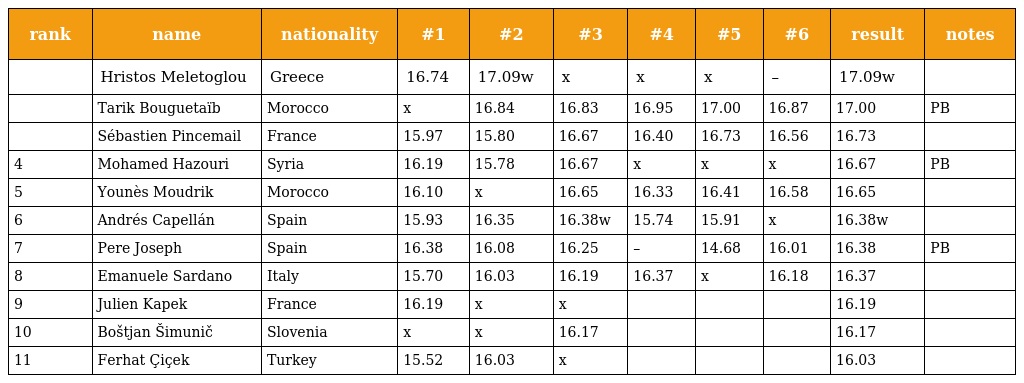
| rank | name | nationality | #1 | #2 | #3 | #4 | #5 | #6 | result | notes |
 | --- | --- | --- | --- | --- | --- | --- | --- | --- | --- | --- |
 |  | Hristos Meletoglou | Greece | 16.74 | 17.09w | x | x | x | – | 17.09w |  |
 |  | Tarik Bouguetaïb | Morocco | x | 16.84 | 16.83 | 16.95 | 17.00 | 16.87 | 17.00 | PB |
 |  | Sébastien Pincemail | France | 15.97 | 15.80 | 16.67 | 16.40 | 16.73 | 16.56 | 16.73 |  |
 | 4 | Mohamed Hazouri | Syria | 16.19 | 15.78 | 16.67 | x | x | x | 16.67 | PB |
 | 5 | Younès Moudrik | Morocco | 16.10 | x | 16.65 | 16.33 | 16.41 | 16.58 | 16.65 |  |
 | 6 | Andrés Capellán | Spain | 15.93 | 16.35 | 16.38w | 15.74 | 15.91 | x | 16.38w |  |
 | 7 | Pere Joseph | Spain | 16.38 | 16.08 | 16.25 | – | 14.68 | 16.01 | 16.38 | PB |
 | 8 | Emanuele Sardano | Italy | 15.70 | 16.03 | 16.19 | 16.37 | x | 16.18 | 16.37 |  |
 | 9 | Julien Kapek | France | 16.19 | x | x |  |  |  | 16.19 |  |
 | 10 | Boštjan Šimunič | Slovenia | x | x | 16.17 |  |  |  | 16.17 |  |
 | 11 | Ferhat Çiçek | Turkey | 15.52 | 16.03 | x |  |  |  | 16.03 |  |